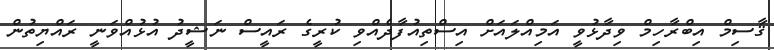
ޤާސިމް އިބްރާހިމް ވިދާޅުވީ އަމިއްލައަށް އިސްތިއުފާދެއްވި ކުރީގެ ރައީސް ނަޝީދު އުޅުއްވަނީ ރައްޔިތުން